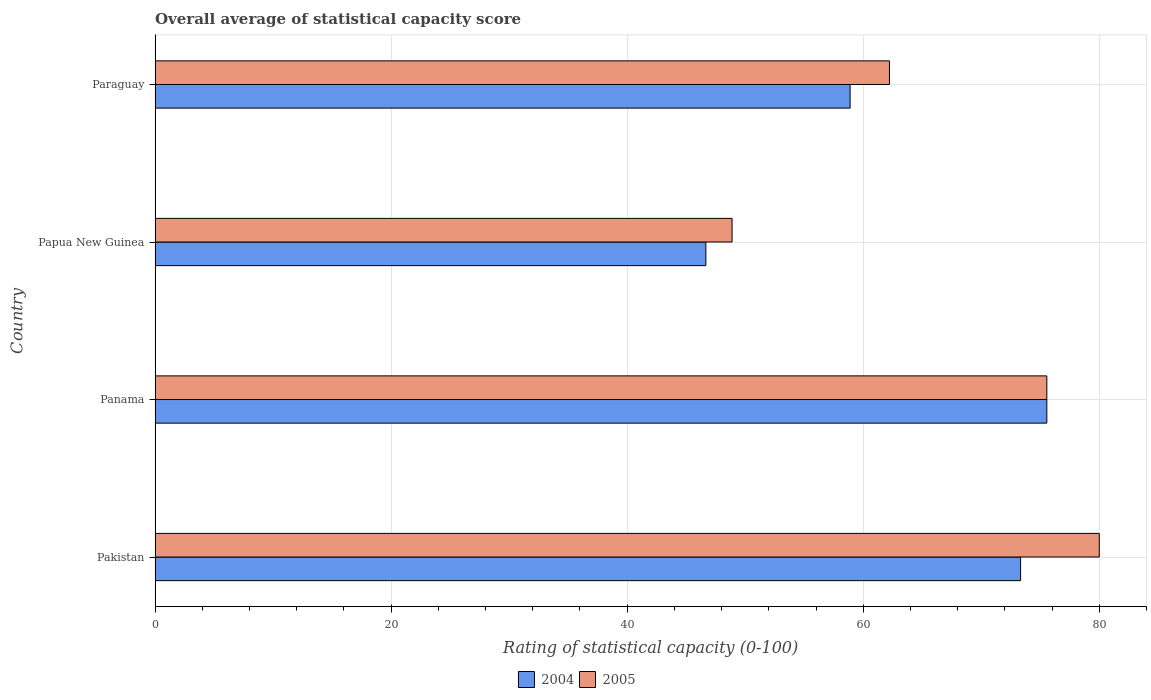
| Country | 2004 | 2005 |
 | --- | --- | --- |
 | Pakistan | 73.3 | 80 |
 | Panama | 75.6 | 75.6 |
 | Papua New Guinea | 46.7 | 48.9 |
 | Paraguay | 58.9 | 62.2 |